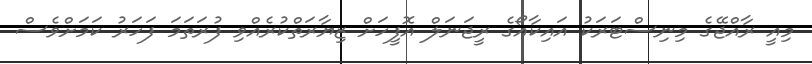
މިއީ ރާއްޖޭގެ މިނިސްޓަރަކު އައިކާއޯގެ ރީޖަނަލް އޮފީހަށް ޒިޔާރަތްކުރެއްވި ފުރަތަމަ ފަހަރު ކަމަށްވެސް